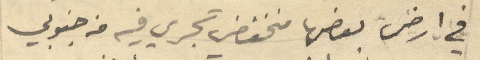
في ارض بعضها منخفض تجري فيه من جنوبي